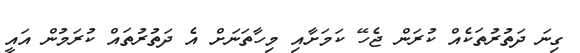
ގިނަ ދަތުރުތަކެއް ކުރަން ޖެހޭ ކަމަށާއި މިހާތަނަށް އެ ދަތުރުތައް ކުރަމުން އައީ